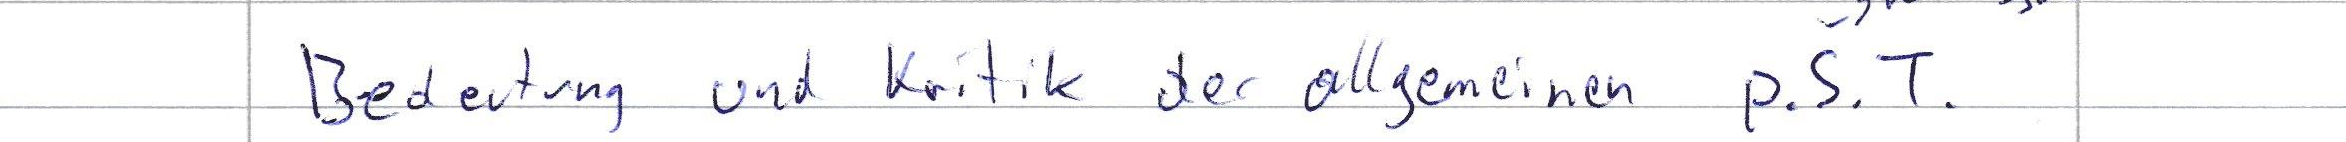
Bedeutung und Kritik der allgemeinen p.S.T